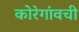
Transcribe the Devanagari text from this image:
कोरेगांवची